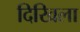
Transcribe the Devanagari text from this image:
दिखिला